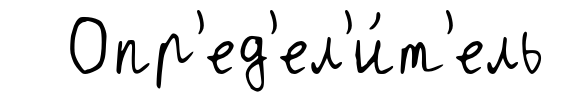
Опр'ед'ел'и́т'ель